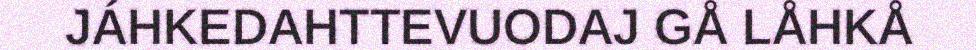
JÁHKEDAHTTEVUODAJ GÅ LÅHKÅ